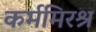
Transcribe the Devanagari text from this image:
कर्ममिरश्र